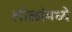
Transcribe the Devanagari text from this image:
लीळांमध्ये